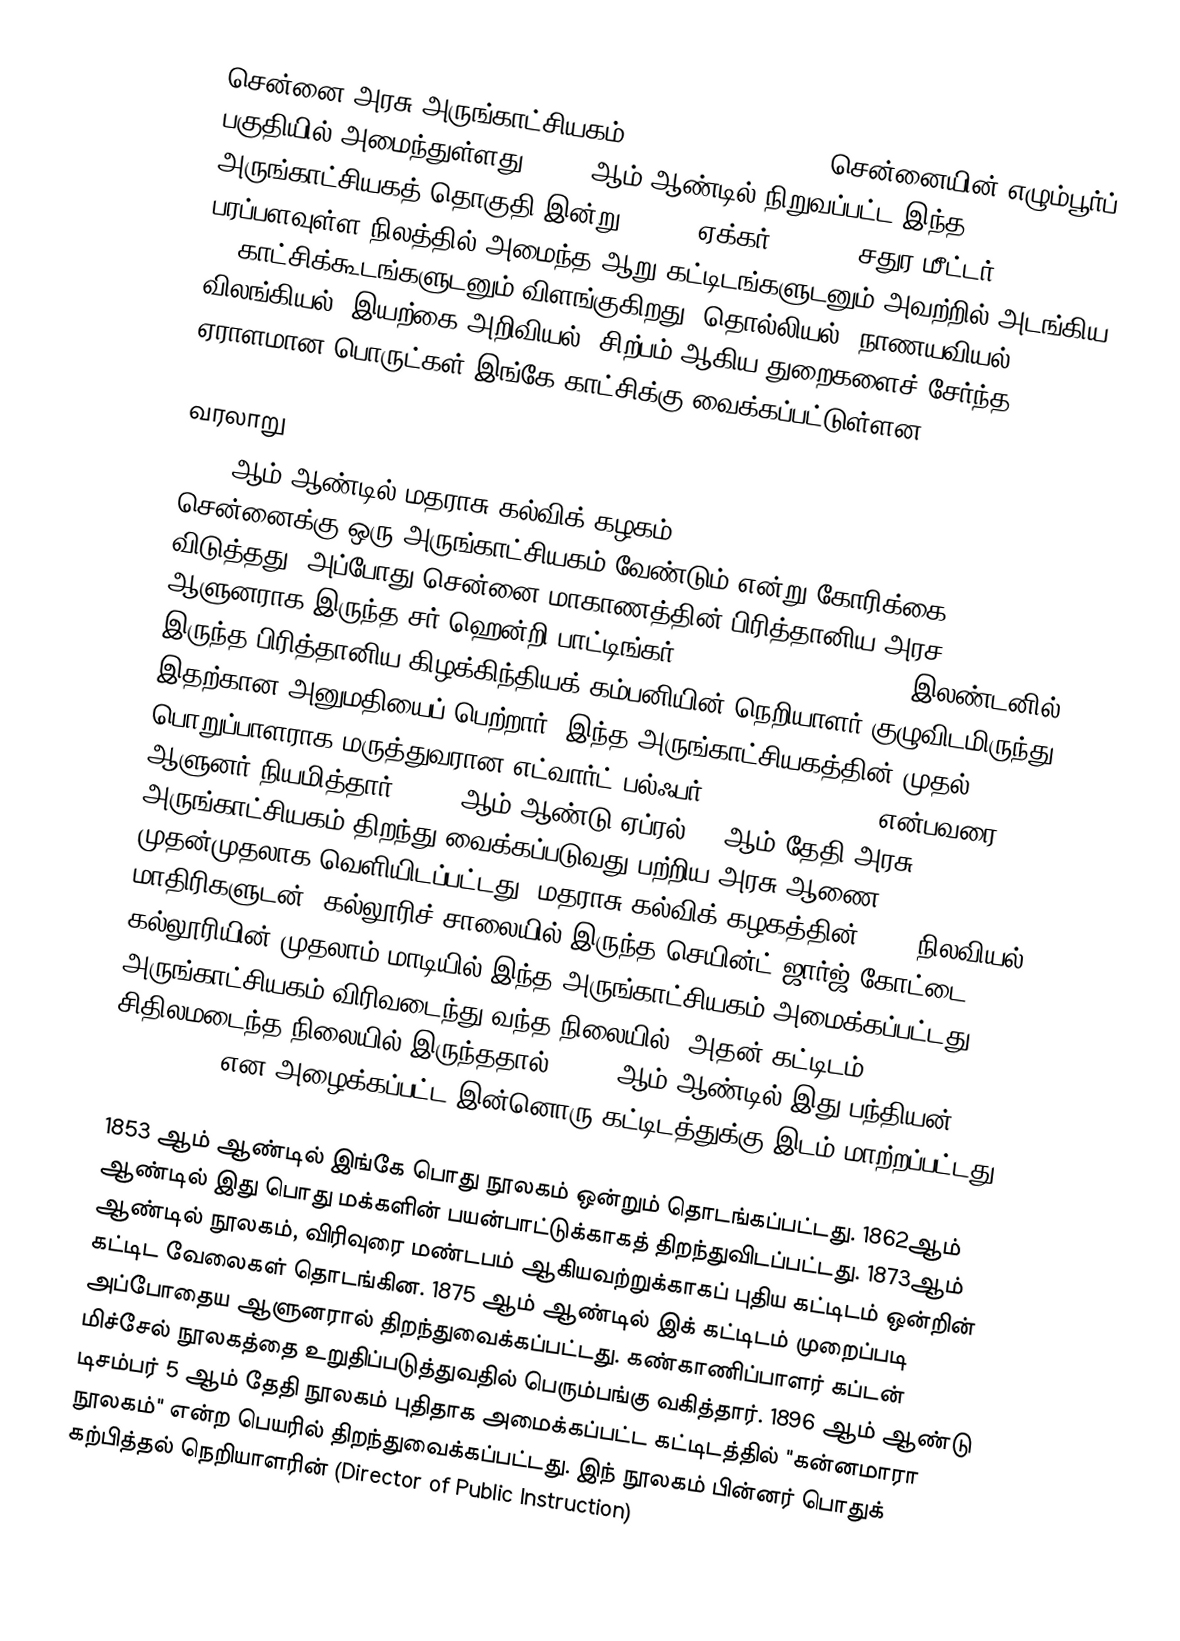
சென்னை அரசு அருங்காட்சியகம் (Government Museum) சென்னையின் எழும்பூர்ப் பகுதியில் அமைந்துள்ளது. 1851 ஆம் ஆண்டில் நிறுவப்பட்ட இந்த அருங்காட்சியகத் தொகுதி இன்று, 16.25 ஏக்கர் (66,000 சதுர மீட்டர்) பரப்பளவுள்ள நிலத்தில் அமைந்த ஆறு கட்டிடங்களுடனும் அவற்றில் அடங்கிய 46 காட்சிக்கூடங்களுடனும் விளங்குகிறது. தொல்லியல், நாணயவியல், விலங்கியல், இயற்கை அறிவியல், சிற்பம் ஆகிய துறைகளைச் சேர்ந்த ஏராளமான பொருட்கள் இங்கே காட்சிக்கு வைக்கப்பட்டுள்ளன.

வரலாறு
1846 ஆம் ஆண்டில் மதராசு கல்விக் கழகம் (Madras Literary Society), சென்னைக்கு ஒரு அருங்காட்சியகம் வேண்டும் என்று கோரிக்கை விடுத்தது. அப்போது சென்னை மாகாணத்தின் பிரித்தானிய அரச ஆளுனராக இருந்த சர் ஹென்றி பாட்டிங்கர் (Sir Henry Pottinger), இலண்டனில் இருந்த பிரித்தானிய கிழக்கிந்தியக் கம்பனியின் நெறியாளர் குழுவிடமிருந்து இதற்கான அனுமதியைப் பெற்றார். இந்த அருங்காட்சியகத்தின் முதல் பொறுப்பாளராக மருத்துவரான எட்வார்ட் பல்ஃபர் (Edward Balfour) என்பவரை ஆளுனர் நியமித்தார். 1851 ஆம் ஆண்டு ஏப்ரல் 29 ஆம் தேதி அரசு அருங்காட்சியகம் திறந்து வைக்கப்படுவது பற்றிய அரசு ஆணை முதன்முதலாக வெளியிடப்பட்டது. மதராசு கல்விக் கழகத்தின் 1100 நிலவியல் மாதிரிகளுடன், கல்லூரிச் சாலையில் இருந்த செயின்ட் ஜார்ஜ் கோட்டை கல்லூரியின் முதலாம் மாடியில் இந்த அருங்காட்சியகம் அமைக்கப்பட்டது. அருங்காட்சியகம் விரிவடைந்து வந்த நிலையில், அதன் கட்டிடம் சிதிலமடைந்த நிலையில் இருந்ததால், 1854 ஆம் ஆண்டில் இது பந்தியன் (Pantheon) என அழைக்கப்பட்ட இன்னொரு கட்டிடத்துக்கு இடம் மாற்றப்பட்டது.

1853 ஆம் ஆண்டில் இங்கே பொது நூலகம் ஒன்றும் தொடங்கப்பட்டது. 1862ஆம் ஆண்டில் இது பொது மக்களின் பயன்பாட்டுக்காகத் திறந்துவிடப்பட்டது. 1873ஆம் ஆண்டில் நூலகம், விரிவுரை மண்டபம் ஆகியவற்றுக்காகப் புதிய கட்டிடம் ஒன்றின் கட்டிட வேலைகள் தொடங்கின. 1875 ஆம் ஆண்டில் இக் கட்டிடம் முறைப்படி அப்போதைய ஆளுனரால் திறந்துவைக்கப்பட்டது. கண்காணிப்பாளர் கப்டன் மிச்சேல் நூலகத்தை உறுதிப்படுத்துவதில் பெரும்பங்கு வகித்தார். 1896 ஆம் ஆண்டு டிசம்பர் 5 ஆம் தேதி நூலகம் புதிதாக அமைக்கப்பட்ட கட்டிடத்தில் "கன்னமாரா நூலகம்" என்ற பெயரில் திறந்துவைக்கப்பட்டது. இந் நூலகம் பின்னர் பொதுக் கற்பித்தல் நெறியாளரின் (Director of Public Instruction)